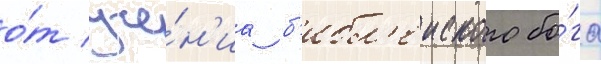
о́т уче́н'иа б'ибл'еиского бо́га